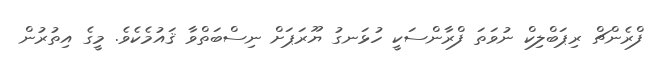
ފްރެންޗް ރިޕަބްލިކް ނުވަތަ ފްރާންސަކީ ހުޅަނގު ޔޫރަޕަށް ނިސްބަތްވާ ޤައުމެކެވެ. މީގެ އިތުރުން